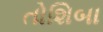
તોશિબા